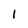
Character: l